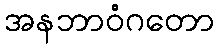
အနဘာဝံဂတော